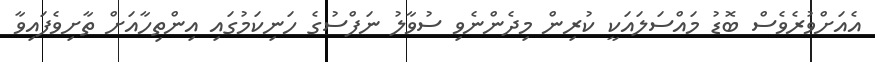
އެއަށްވުރެވެސް ބޮޑު މައްސަލައަކީ ކުރިން މިދެންނެވި ސުވާލު ނަފްސުގެ ހަނިކަމުގައި އިންތިހާއަށް ތާށިވެފައިވާ